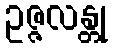
ဥဇ္ဇလန္တု